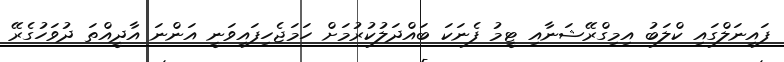
ފައިނަލްގައި ކްލަބު އިމިގްރޭޝަނާއި ޓީމު ފެނަކަ ބައްދަލުކުރުމަށް ހަމަޖެހިފައިވަނީ އަންނަ އާދީއްތަ ދުވަހުގެރޭ